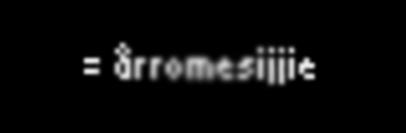
= årromesijjie